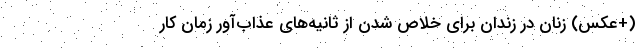
(+عکس) زنان در زندان برای خلاص شدن از ثانیه‌های عذاب‌آور زمان کار